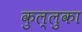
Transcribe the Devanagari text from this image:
कुल्लुका